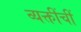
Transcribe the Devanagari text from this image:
व्यक्तींचीं